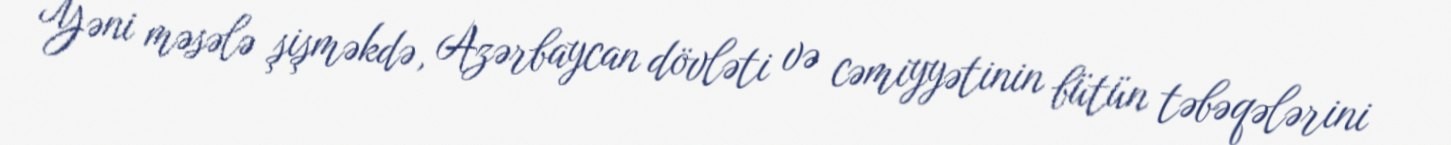
Yəni məsələ şişməkdə, Azərbaycan dövləti və cəmiyyətinin bütün təbəqələrini